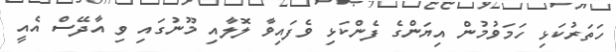
ހަތަރުކަޅި ހަމަވުމުން އިޔަންގެ ފެންކަޅި ވެފައިވާ ލޮލާއި މޫނުގައި ވި އާދޭސް އެއީ